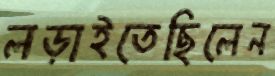
লড়াইতেছিলেন